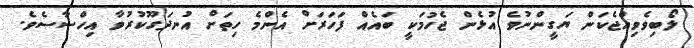
ލޯބިވެވިއްޖެކަން ޔަގީންނުވެ އުޅެން ޖެހުމަކީ ބައެއް ފަހަރަށް އެންމެ ހިތަށް އުނދަގޫކުރުވާ އިހްސާސެވެ.